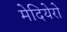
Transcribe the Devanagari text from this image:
मेदियेरो